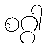
စဂ္ဂါ